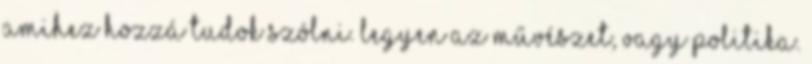
amihez hozzá tudok szólni. Legyen az művészet, vagy politika.